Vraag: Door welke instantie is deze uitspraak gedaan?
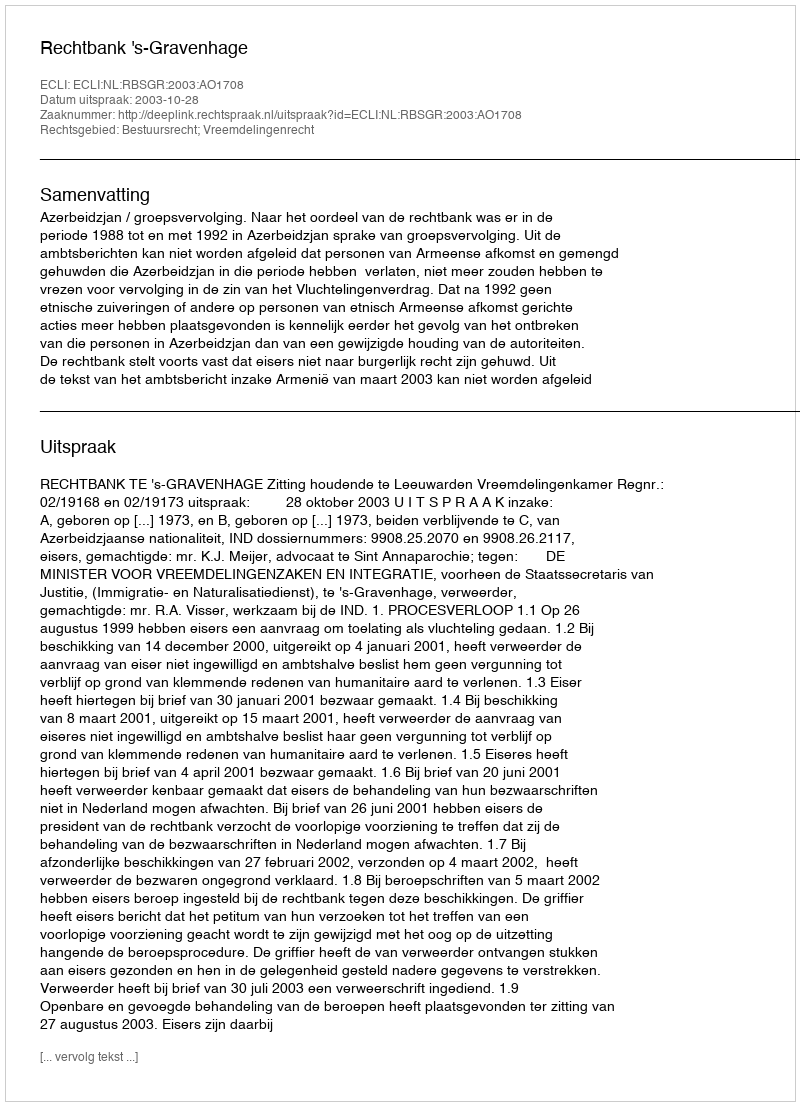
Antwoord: Rechtbank 's-Gravenhage